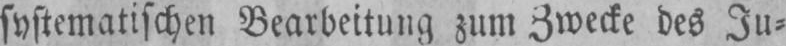
systematischen Bearbeitung zum Zwecke des Ju⸗